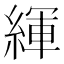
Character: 緷